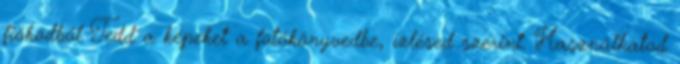
fiókodból Tedd a képeket a fotókönyvedbe, ízlésed szerint. Használhatod